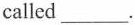
called___.